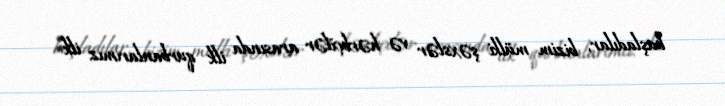
başladılar, bizim mülki şəxslər və hərbçilər arasında ilk qurbanlarımız ilk